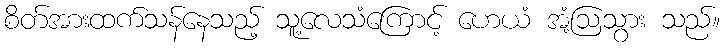
စိတ်အားထက်သန်နေသည့် သူ့လေသံကြောင့် ဟေယံ အံ့ဩသွား သည်။